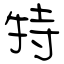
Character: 特